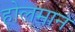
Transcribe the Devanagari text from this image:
होलमान